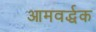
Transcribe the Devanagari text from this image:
आमवर्द्धक